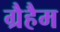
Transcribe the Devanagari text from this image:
ग्रैहैम